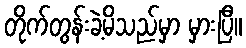
တိုက်တွန်းခဲ့မိသည်မှာ မှားပြီ။